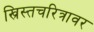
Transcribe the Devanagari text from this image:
ख्रिस्तचरित्रावर